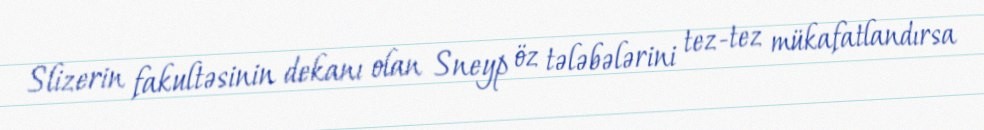
Slizerin fakultəsinin dekanı olan Sneyp öz tələbələrini tez-tez mükafatlandırsa